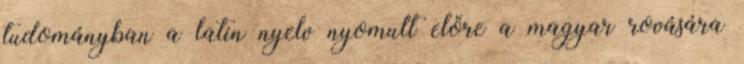
tudományban a latin nyelv nyomult előre a magyar rovására